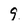
Character: 9